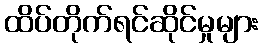
ထိပ်တိုက်ရင်ဆိုင်မှုများ